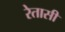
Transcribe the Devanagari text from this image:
रेतासी